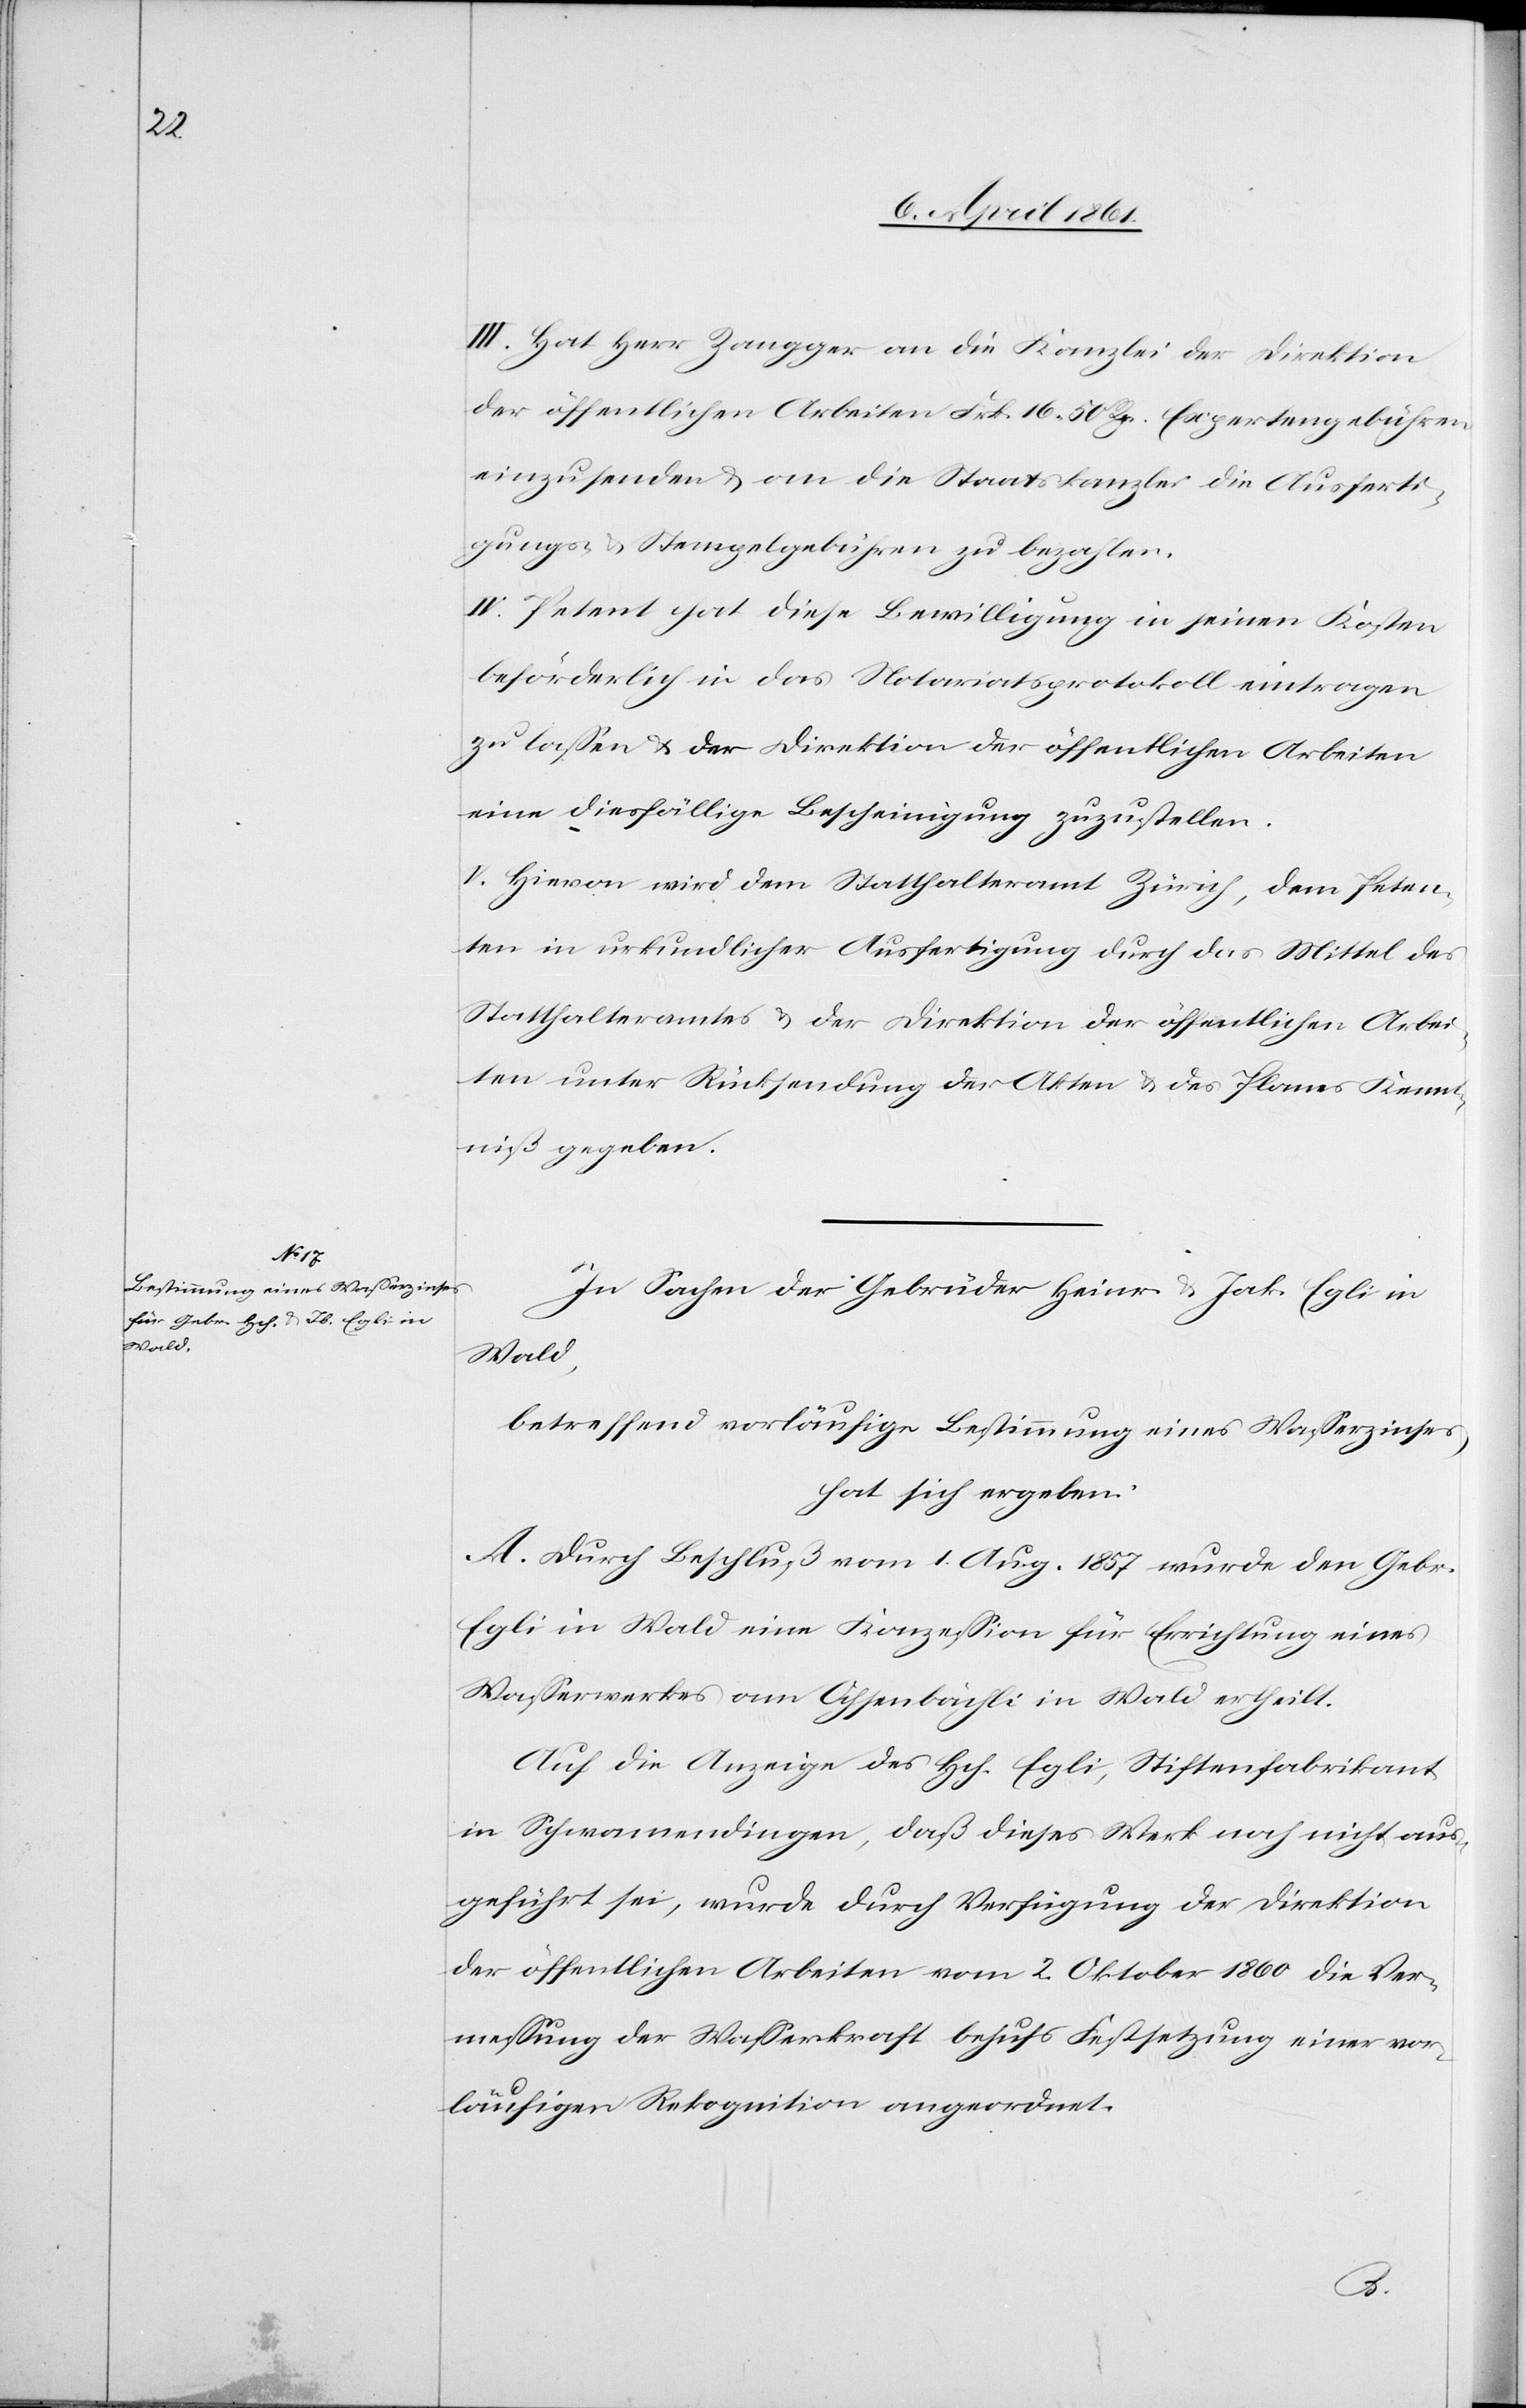
III. Hat Herr Zangger an die Kanzlei der Direktion
der öffentlichen Arbeiten Frk. 16 50 Rp. Expertengebühren
einzusenden u. an die Staatskanzlei die Ausferti¬
gungs- u. Stempelgebühren zu bezahlen.
IV. Petent hat diese Bewilligung in seinen Kosten
beförderlich in das Notariatsprotokoll eintragen
zu lassen u. der Direktion der öffentlichen Arbeiten
eine diesfällige Bescheinigung zuzustellen.
V. Hievon wird dem Statthalteramt Zürich, dem Peten¬
ten in urkundlicher Ausfertigung durch das Mittel des
Statthalteramtes u. der Direktion der öffentlichen Arbei¬
ten unter Rücksendung der Akten u. des Planes Kennt¬
niß gegeben.
In Sachen der Gebrüder Heinr. u. Jak. Egli in
Wald,
betreffend vorläufige Bestimmung eines Wasserzinses,
hat sich ergeben:
A. Durch Beschluß vom 1. Aug. 1857 wurde den Gebr.
Egli in Wald eine Konzession für Errichtung eines
Wasserwerkes am Ochsenbächli in Wald ertheilt.
Auf die Anzeige des Hch. Egli, Stiftenfabrikant
in Schwamendingen, daß dieses Werk noch nicht aus¬
geführt sei, wurde durch Verfügung der Direktion
der öffentlichen Arbeiten vom 2. Oktober 1860 die Ver¬
messung der Wasserkraft behufs Festsetzung einer vor¬
läufigen Rekognition angeordnet.